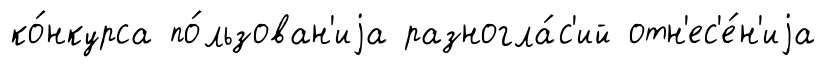
ко́нкурса по́льзован'иjа разногла́с'ий отн'ес'е́н'иjа